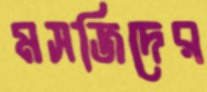
মসজিদের